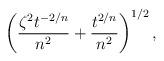
LaTeX: \begin{align*}\left( \frac {\zeta^2 t^{-2/n}}{n^2} + \frac {t^{2/n}}{n^2} \right)^{1/2},\end{align*}